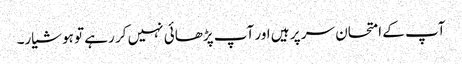
آپ کے امتحان سر پر ہیں اور آپ پڑھائی نہیں کر رہے تو ہوشیار۔